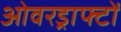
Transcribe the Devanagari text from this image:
ओवरड्राफ्टों